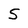
Character: S